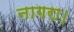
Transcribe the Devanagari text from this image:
नागरा।